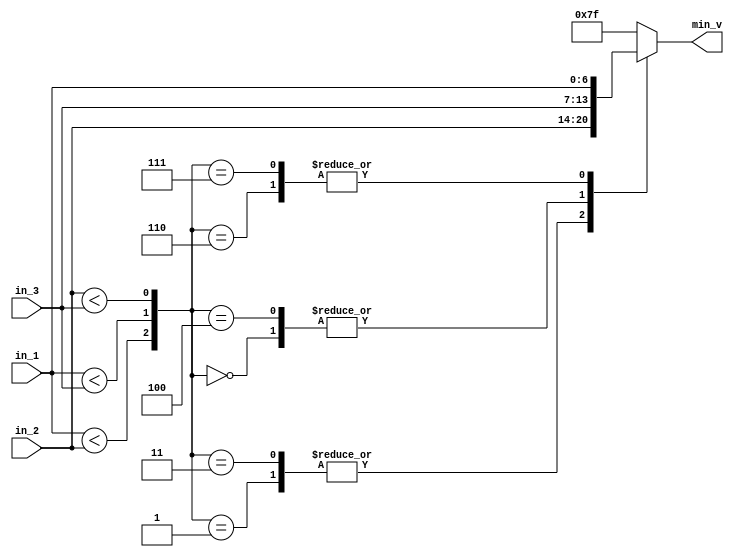
//==============================================================================
// @File         :  comp3in1out.v
// @Author       :  JiangxuanLi 
// @DateTime     :  2020/12/13 20:02:29
// @Description  :   

//==============================================================================

module comp3in1out #(
    parameter WIDTH = 7
)(    
    input  [WIDTH-1:0] in_1         ,
    input  [WIDTH-1:0] in_2         ,
    input  [WIDTH-1:0] in_3         ,
 
    output reg [WIDTH-1:0] min_v    
);
    
    wire sig_1 = in_1 < in_2;
    wire sig_2 = in_1 < in_3;
    wire sig_3 = in_2 < in_3;

    //                            
    // | st | {sig_1, sig_2, sig_3} | min_v  |
    // |  1 |        000            | in_3   |
    // |  2 |        001            | in_2   |
    // |  3 |        010            | xxxx   |
    // |  4 |        011            | in_2   |
    // |  5 |        100            | in_3   |
    // |  6 |        101            | xxxx   |
    // |  7 |        110            | in_1   |
    // |  8 |        111            | in_1   |
    always @(*) begin 
        case ({sig_1, sig_2, sig_3})
            3'b000: begin 
                min_v    = in_3;
            end
            3'b001: begin 
                min_v    = in_2;
            end
            3'b011:  begin 
                min_v    = in_2;
            end
            3'b100: begin 
                min_v    = in_3;
            end
            3'b110: begin 
                min_v    = in_1;
            end
            3'b111: begin 
                min_v    = in_1;
            end
            default : begin //  1
                min_v    = {WIDTH{1'b1}};
            end
        endcase
    end

endmodule